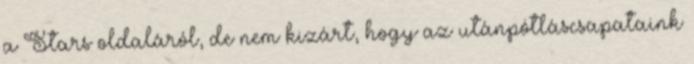
a Stars oldaláról, de nem kizárt, hogy az utánpótláscsapataink